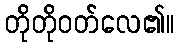
တိုတိုဝတ်လေ၏။